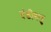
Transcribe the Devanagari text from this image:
दंडीवगु